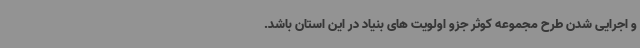
و اجرایی شدن طرح مجموعه کوثر جزو اولویت های بنیاد در این استان باشد.